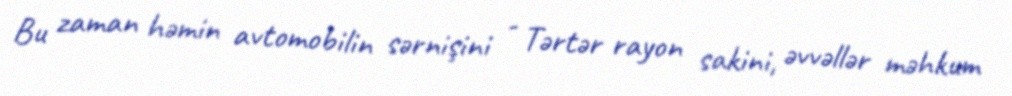
Bu zaman həmin avtomobilin sərnişini - Tərtər rayon sakini, əvvəllər məhkum